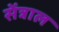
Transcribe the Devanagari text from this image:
सेंत्राल